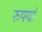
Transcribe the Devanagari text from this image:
रुपयां